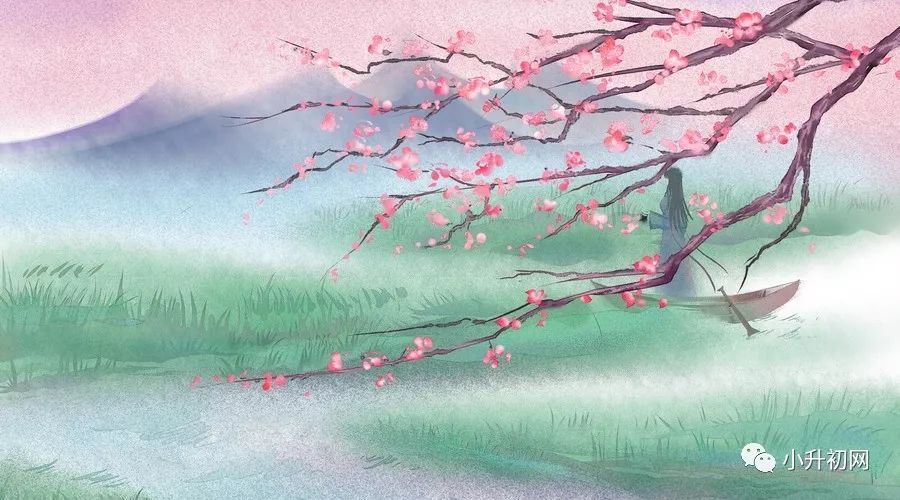
独行潭底影，数息树边身。